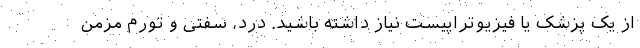
از یک پزشک یا فیزیوتراپیست نیاز داشته باشید. درد، سفتی و تورم مزمن